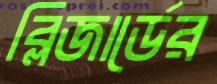
ব্লিজার্ডের